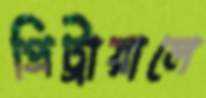
প্রিট্রায়ালে